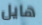
هايل